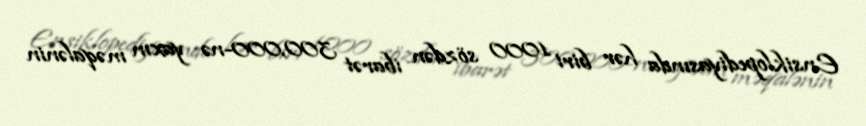
Ensiklopediyasında hər biri 1000 sözdən ibarət 300,000-nə yaxın məqalənin